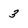
Character: 3